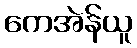
ကေအဲန်ယူ